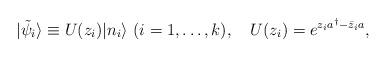
LaTeX: \begin{align*}|\tilde{\psi}_i\rangle\equiv U(z_i)|n_i\rangle\ (i=1,\dots,k), \quad U(z_i)=e^{z_ia^\dagger-\bar{z}_i a},\end{align*}